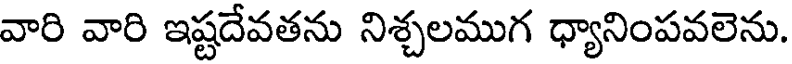
వారి వారి ఇష్టదేవతను నిశ్చలముగ ధ్యానింపవలెను.